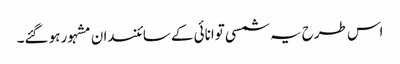
اس طرح یہ شمسی توانائی کے سائنسدان مشہور ہو گئے۔